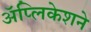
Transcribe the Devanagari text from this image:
ॲप्लिकेशने